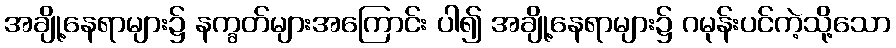
အချို့နေရာများ၌ နက္ခတ်များအကြောင်း ပါ၍ အချို့နေရာများ၌ ဂမုန်းပင်ကဲ့သို့သော